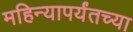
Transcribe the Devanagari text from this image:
महिन्यापर्यंतच्या